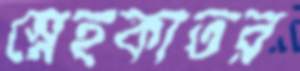
স্নেহকাতর